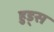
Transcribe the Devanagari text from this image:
हुड्स